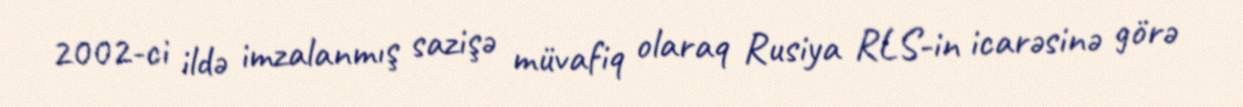
2002-ci ildə imzalanmış sazişə müvafiq olaraq Rusiya RLS-in icarəsinə görə